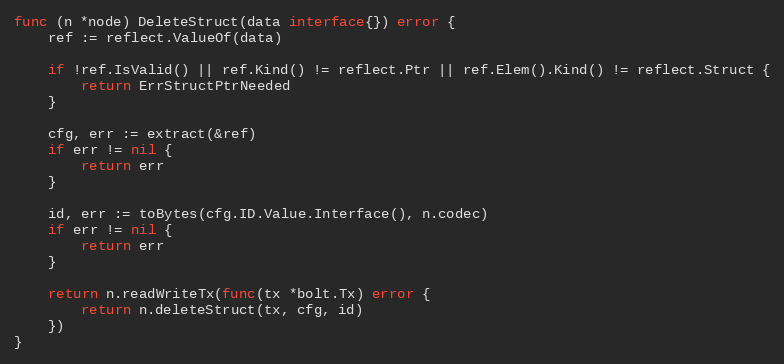
Language: Go
func (n *node) DeleteStruct(data interface{}) error {
	ref := reflect.ValueOf(data)

	if !ref.IsValid() || ref.Kind() != reflect.Ptr || ref.Elem().Kind() != reflect.Struct {
		return ErrStructPtrNeeded
	}

	cfg, err := extract(&ref)
	if err != nil {
		return err
	}

	id, err := toBytes(cfg.ID.Value.Interface(), n.codec)
	if err != nil {
		return err
	}

	return n.readWriteTx(func(tx *bolt.Tx) error {
		return n.deleteStruct(tx, cfg, id)
	})
}